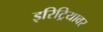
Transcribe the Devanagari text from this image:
इरिट्रियावर